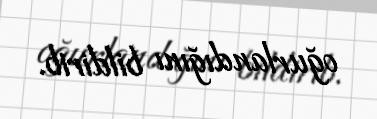
oğurlandığını bildirib.